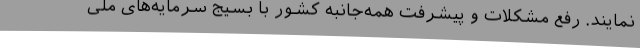
نمایند. رفع مشکلات و پیشرفت همه‌جانبه کشور با بسیج سرمایه‌های ملی